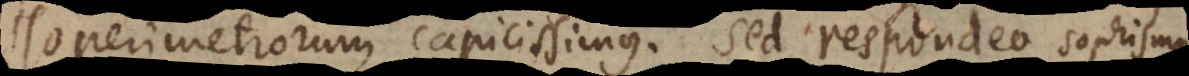
isoperimetrorum capacissimus. Sed respondeo sophisma